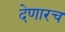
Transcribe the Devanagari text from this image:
देणारच